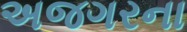
અજગરના